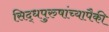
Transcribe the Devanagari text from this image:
सिद्धपुरुषांच्यापैकी